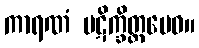
ကာရဏံ ပဋိက္ခိတ္တမေဝ။